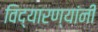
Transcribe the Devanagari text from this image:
विद्यारण्यांनी